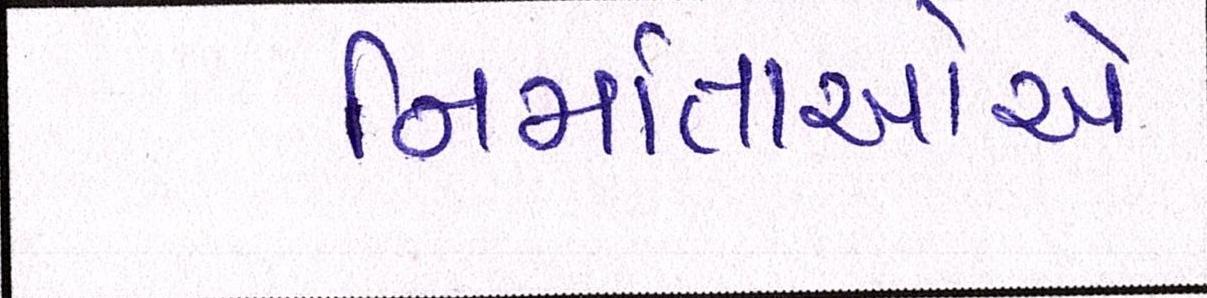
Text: નિર્માતાઓએ